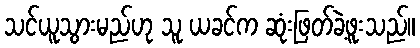
သင်ယူသွားမည်ဟု သူ ယခင်က ဆုံးဖြတ်ခဲ့ဖူးသည်။